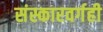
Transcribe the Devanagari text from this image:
संस्कारवर्गही